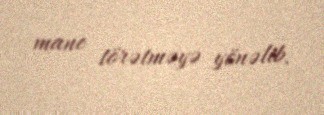
mane törətməyə yönəlib.